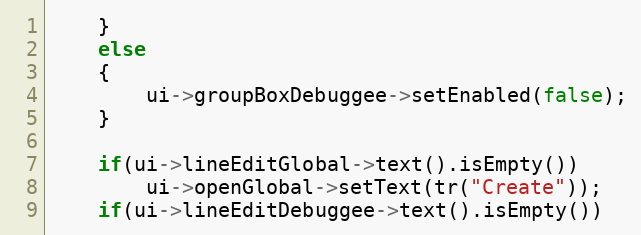
Language: C++
    }
    else
    {
        ui->groupBoxDebuggee->setEnabled(false);
    }

    if(ui->lineEditGlobal->text().isEmpty())
        ui->openGlobal->setText(tr("Create"));
    if(ui->lineEditDebuggee->text().isEmpty())